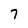
Character: 7